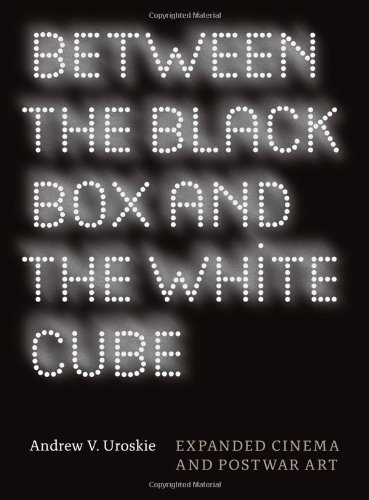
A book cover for Between the Black Box and the White Cube: Expanded Cinema and Postwar Art; Andrew V. Uroskie; Humor & Entertainment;